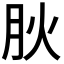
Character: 𭨬